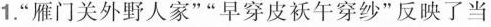
1.”雁门关外野人家””早穿皮袄午穿纱”反映了当